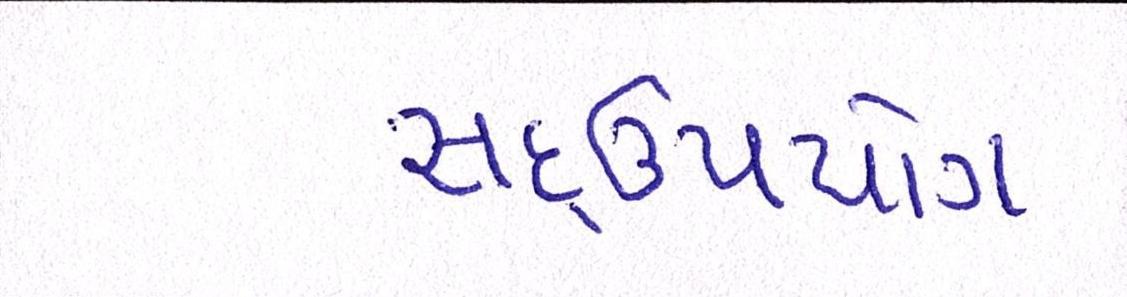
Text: સદ્ઉપયોગ